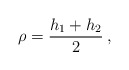
\begin{align*}\rho =\displaystyle\frac{h_{1}+h_{2}}{2}\: ,\end{align*}